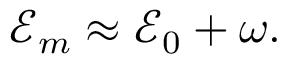
\mathcal { E } _ { m } \approx \mathcal { E } _ { 0 } + \omega .